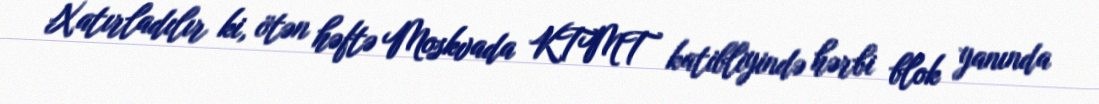
Xatırladılır ki, ötən həftə Moskvada KTMT katibliyində hərbi blok yanında